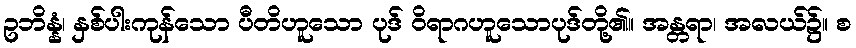
ဥဘိန္နံ၊ နှစ်ပါးကုန်သော ပီတိဟူသော ပုဒ် ဝိရာဂဟူသောပုဒ်တို့၏။ အန္တရာ၊ အလယ်၌။ စ